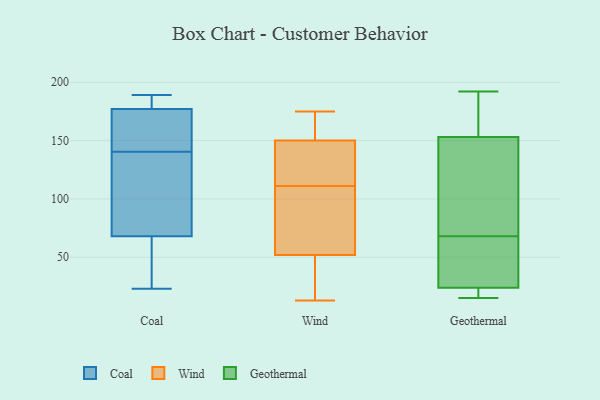
{"axis": {"x": "Bounce Rate (%)", "y": "Value"}, "legend": ["Coal", "Geothermal", "Wind"], "data": [{"x": "", "y": 186, "type": "Coal"}, {"x": "", "y": 23, "type": "Coal"}, {"x": "", "y": 171, "type": "Coal"}, {"x": "", "y": 173, "type": "Coal"}, {"x": "", "y": 125, "type": "Coal"}, {"x": "", "y": 179, "type": "Coal"}, {"x": "", "y": 189, "type": "Coal"}, {"x": "", "y": 112, "type": "Coal"}, {"x": "", "y": 177, "type": "Coal"}, {"x": "", "y": 40, "type": "Coal"}, {"x": "", "y": 156, "type": "Coal"}, {"x": "", "y": 68, "type": "Coal"}, {"x": "", "y": 90, "type": "Coal"}, {"x": "", "y": 57, "type": "Coal"}, {"x": "", "y": 34, "type": "Wind"}, {"x": "", "y": 50, "type": "Wind"}, {"x": "", "y": 175, "type": "Wind"}, {"x": "", "y": 74, "type": "Wind"}, {"x": "", "y": 52, "type": "Wind"}, {"x": "", "y": 122, "type": "Wind"}, {"x": "", "y": 61, "type": "Wind"}, {"x": "", "y": 170, "type": "Wind"}, {"x": "", "y": 13, "type": "Wind"}, {"x": "", "y": 161, "type": "Wind"}, {"x": "", "y": 137, "type": "Wind"}, {"x": "", "y": 150, "type": "Wind"}, {"x": "", "y": 100, "type": "Wind"}, {"x": "", "y": 124, "type": "Wind"}, {"x": "", "y": 147, "type": "Geothermal"}, {"x": "", "y": 177, "type": "Geothermal"}, {"x": "", "y": 68, "type": "Geothermal"}, {"x": "", "y": 15, "type": "Geothermal"}, {"x": "", "y": 61, "type": "Geothermal"}, {"x": "", "y": 192, "type": "Geothermal"}, {"x": "", "y": 23, "type": "Geothermal"}, {"x": "", "y": 80, "type": "Geothermal"}, {"x": "", "y": 19, "type": "Geothermal"}, {"x": "", "y": 24, "type": "Geothermal"}, {"x": "", "y": 171, "type": "Geothermal"}, {"x": "", "y": 100, "type": "Geothermal"}, {"x": "", "y": 61, "type": "Geothermal"}]}